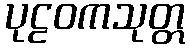
ပုဠဝကသုတ္တ